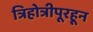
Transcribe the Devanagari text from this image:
त्रिहोत्रीपूरहून